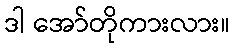
ဒါ အော်တိုကားလား။